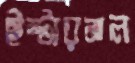
ইন্টারনাল